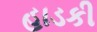
હાડકી